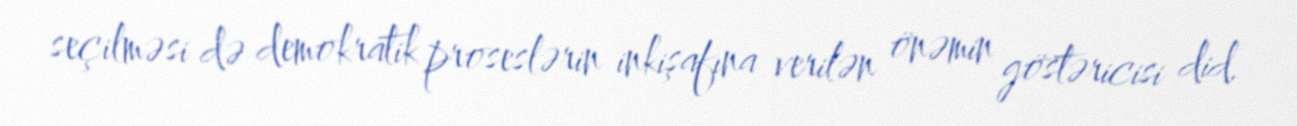
seçilməsi də demokratik proseslərin inkişafına verilən önəmin göstəricisi did.